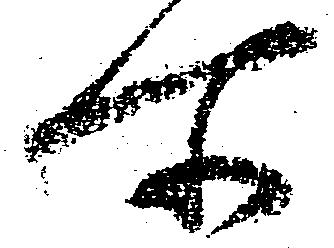
所